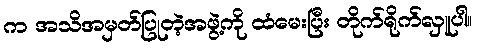
က အသိအမှတ်ပြုတဲ့အဖွဲ့ကို ထံမေးပြီး တိုက်ရိုက်လှူပါ။